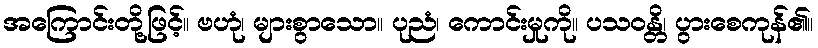
အကြောင်းတို့ဖြင့်။ ဗဟုံ၊ များစွာသော။ ပုညံ၊ ကောင်းမှုကို။ ပသဝန္တိ၊ ပွားစေကုန်၏။